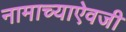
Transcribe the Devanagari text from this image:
नामाच्याऐवजी